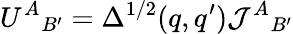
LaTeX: {U^{A}}_{B^{\prime}}=\Delta^{1/2}(q,q^{\prime}){\mathcal{J}^{A}}_{B^{\prime}}